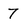
Character: 7